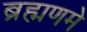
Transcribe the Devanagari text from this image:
ब्रह्मणमे